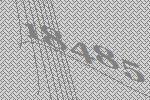
18485